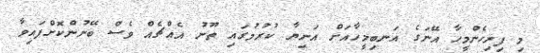
މި ފިރިހެންމީހާ އޭނަގެ އަނބިމީހާއަށް އަނިޔާ ކުރުމުގައި ތޫނު އެއްޗެއް ވެސް ބޭނުންކޮށްފައިވާ